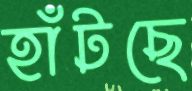
হাঁটছে